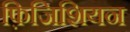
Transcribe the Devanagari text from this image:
फ़िजिशियन